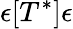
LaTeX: \epsilon[T^{*}]\epsilon